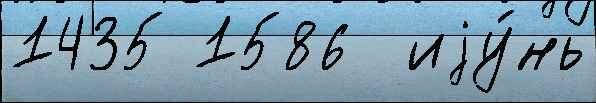
1435 1586  иjу́нь